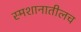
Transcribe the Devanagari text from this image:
स्मशानातीलच